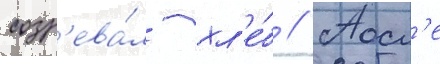
созр'ева́л хл'е́б // Посл'е